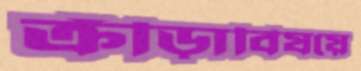
ক্রীড়াবিষয়ে